Report on vaccination in the Province of Bengal - 1874-1889
Year: 1874
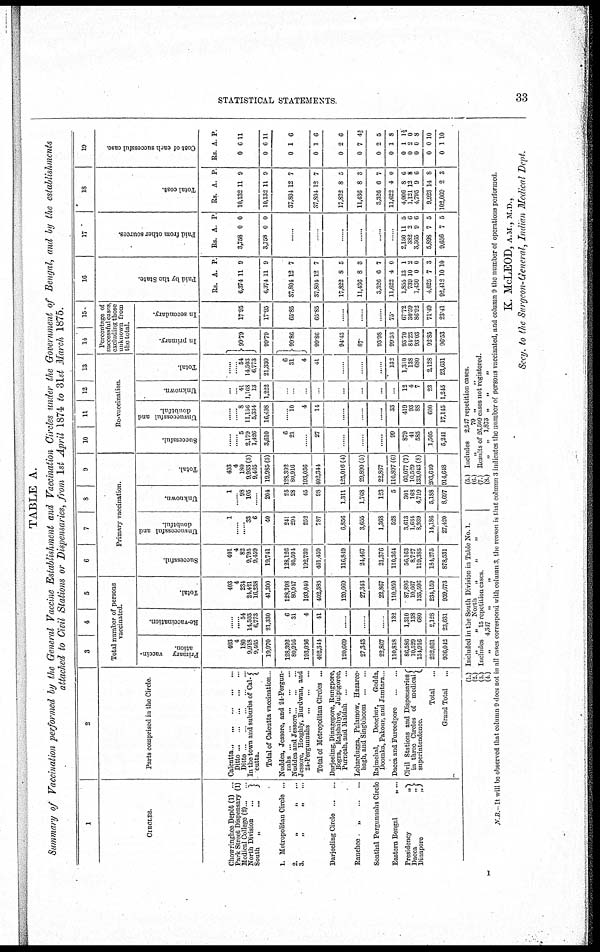
STATISTICAL STATEMENTS.
33
TABLE A.
Summary of Vaccination performed by the General Vaccine Establishment and Vaccination Circles under the Government of Bengal, and by the establishments
attached to Civil Stations or Dispensaries, from 1st April 1874 to 31st March 1875.
1
CIRCLES.
Chowringhee Depôt (1) ...
Park Street Dispensary (1)
Medical College (2) ... ...
North Division
...
South
„ ...
1. Metropolitan Circle ...
2.
„
„ ...
3. „ „ ...
Darjeeling Circle ... ...
Ranchee
„
...
...
Sonthal Pergunnahs Circle
Eastern Bengal
„ ...
Presidency
„
Dacca „
Dmapore
„
2
Parts comprised in the Circle.
Calcutta ... ... ... ... ...
Ditto ... ... ... ... ...
Ditto ... ... ... ... ...
In the town and suburbs of Cal-
cutta.
Total of Calcutta vaccination .
Nuddea, Jessore, and 24-Pergun-
nabs ... ... ... ... ...
Nuddea and Jessore ... ... ...
Jessore, Hooghly, Burdwan, and
24-Pergunnahs ... ... ... ... ...
Total of Metropolitan Circles ...
Darjeeling, Dinagepore, Rungpore,
Bogra, Rajshahye, Julpigoree,
Purneah, and Maldah. ... ...
Lohardugga, Palamow, Hazaree-
bagh, and Singbhoom ... ...
Rajmchal,
Deoghur,
Godda,
Doomka, Pakour, and Jamtara..
Dacca and Fureedpore
...
...
Civil Stations and Dispensaries
in three Circles of medical
superintendence.
Total
...
Grand Total ...
3
4
5
Total number of persons
vaccinated.
Primary vaccin-
ation.
403
4
180
9,918
9,465
19,970
128,392
80,916
193,036
402,344
120,669
27,343
22,867
110,818
86,586
10,529
134,916
232,031
936,042
Re-vaccination.
......
...... 54
14,503
6,773
21,330
6
31
4
41
......
......
...
132
1,310
138
680
2,128
23,631
Total.
403
4
234
24,421
16,238
41,300
128,398
80,947
193,040
402,385
120,669
27,343
22,867
110,950
87,896
10,667
135,596
234,159
959,673
6
7
8
9
Primary vaccination.
Successful.
401
4
82
9,795
9,459
19,741
128,126
80,594
192,738
401,459
116,849
24,467
21,376
110,364
56,163
8,727
119,385
184,275
878,531
Unsuccessful and
doubtful.
1
......
...... 33
6
40
241
294
252
787
6,856
3,655
1,368
528
3,613
1,604
8,939
14,186
27,420
Unknown.
1
...... 98
105
......
204
25
28
45
98
1,311
1,768
123
5
301
168
4,719
5,188
8,697
Total.
403
4
180
9,933 (3)
9,465
19,985 (3)
128,392
80,916
193,036
402,344
125,016 (4)
29,890 (5)
22,867
110,897 (6)
60,077 (7)
10,529
133,043(8)
203,649
914,648
10
11
12
13
Re-vaccination.
Successful.
......
...... 5
2,179
1,426
3,610
6
21
......
27
......
......
......
99
879
41
585
1,505
5,241
Unsuccessful and
doubtful.
......
...... 8
11,156
5,334
16,498
......
10
4
14
......
......
......
33
419
93
88
600
17,145
Unknown.
......
...... 41
1,168
13
1,222
......
...
...
...
...
...
...
...
12
4
7
23
1,245
Total.
......
...... 54
14,503
6,773
21,330
6
31
4
41
......
......
......
132
1,310
138
680
2,128
23,631
14
15
Percentage of
successful cases,
excluding those
unknown from
the total.
In primary.
99.79
99.79
99.86
99.86
94.43
87.
93.98
99.53
93.79
84.23
93.03
92.85
96.53
In secondary.
17.95
17.95
65.85
65.85
......
......
......
75.
67.72
30.59
86.92
71.49
23.41
16
Paid by the State.
Rs.
6,374
6,374
37,804
37,804
17,822
11,436
3,326
11,622
1,855
739
1,430
4,025
92,412
A.
11
11
12
12
8
8
6
4
13
10
0
7
10
P.
9
9
7
7
5
3
7
0
1
2
0
3
10
17
Paid from other sources.
Rs.
3,758
3,758
A.
0
0
P.
0
0
......
......
......
......
......
......
2,150
382
3,365
5,898
9,656
11
2
9
7
7
5
6
6
5
5
18
Total cost.
Rs.
10,132
10,132
37,804
37,804
17,822
11,436
3,326
11,622
4,006
1,121
4,795
9,923
102,069
A.
11
11
12
12
8
8
6
4
8
12
9
14
2
P.
9
9
7
7
5
3
7
0
6
8
6
8
3
19
Cost of each successful case.
Rs.
9
0
0
0
0
0
0
0
0
0
0
0
0
A
6
6
1
1
2
7
2
1
1
2
0
0
1
P.
11
11
6
6
6
4½
5
8
1½
0
8
10
10
(1.) Included in the South Division in Table No. 1.
(2)
„
„
North „ „ „
(3) Includes
15 repetition cases.
(4)
„
4,347
„ „
(5) Includes 2,547 repetition cases.
(6)
„
79 „ „
(7.) Results of 26,509 cases not registered.
(8.)
„
„ 1,873 „
„
N. B.—It will be observed that column 9 does not in all cases correspond with column 3, the reason is that column 3 indicates the number of porsons vaccinated, and column 9 the number of operations porformed.
K. McLEOD, A.M., M.D.,
Secy. to the Surgeon-General, Indian Medical Dept.
I